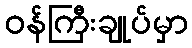
ဝန်ကြီးချုပ်မှာ